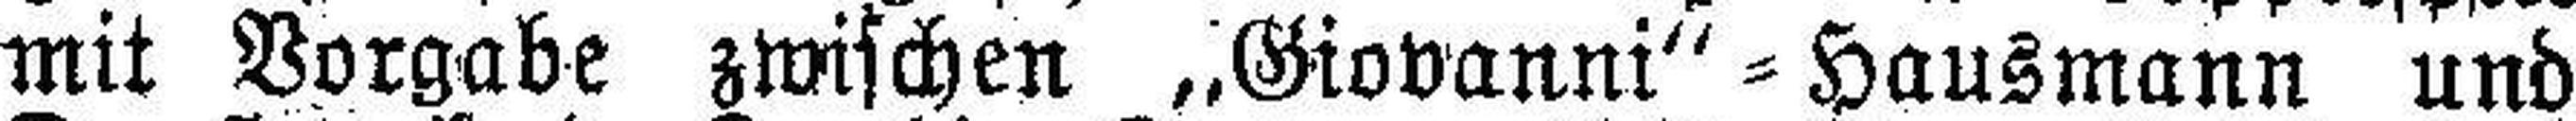
mit Vorgabe zwischen „Giovanni“=Hausmann und